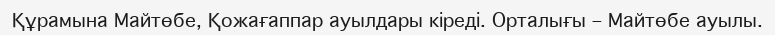
Құрамына Майтөбе, Қожағаппар ауылдары кіреді. Орталығы – Майтөбе ауылы.